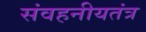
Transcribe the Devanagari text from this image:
संवहनीयतंत्र